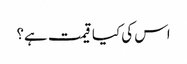
اس کی کیا قیمت ہے؟